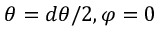
\theta = d \theta / 2 , \varphi = 0